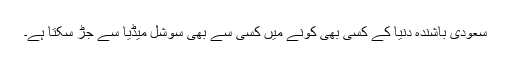
سعودى باشنده دنیا کے کسى بهى کونے میں کسى سے بهى سوشل میڈیا سے جڑ سکتا ہے۔